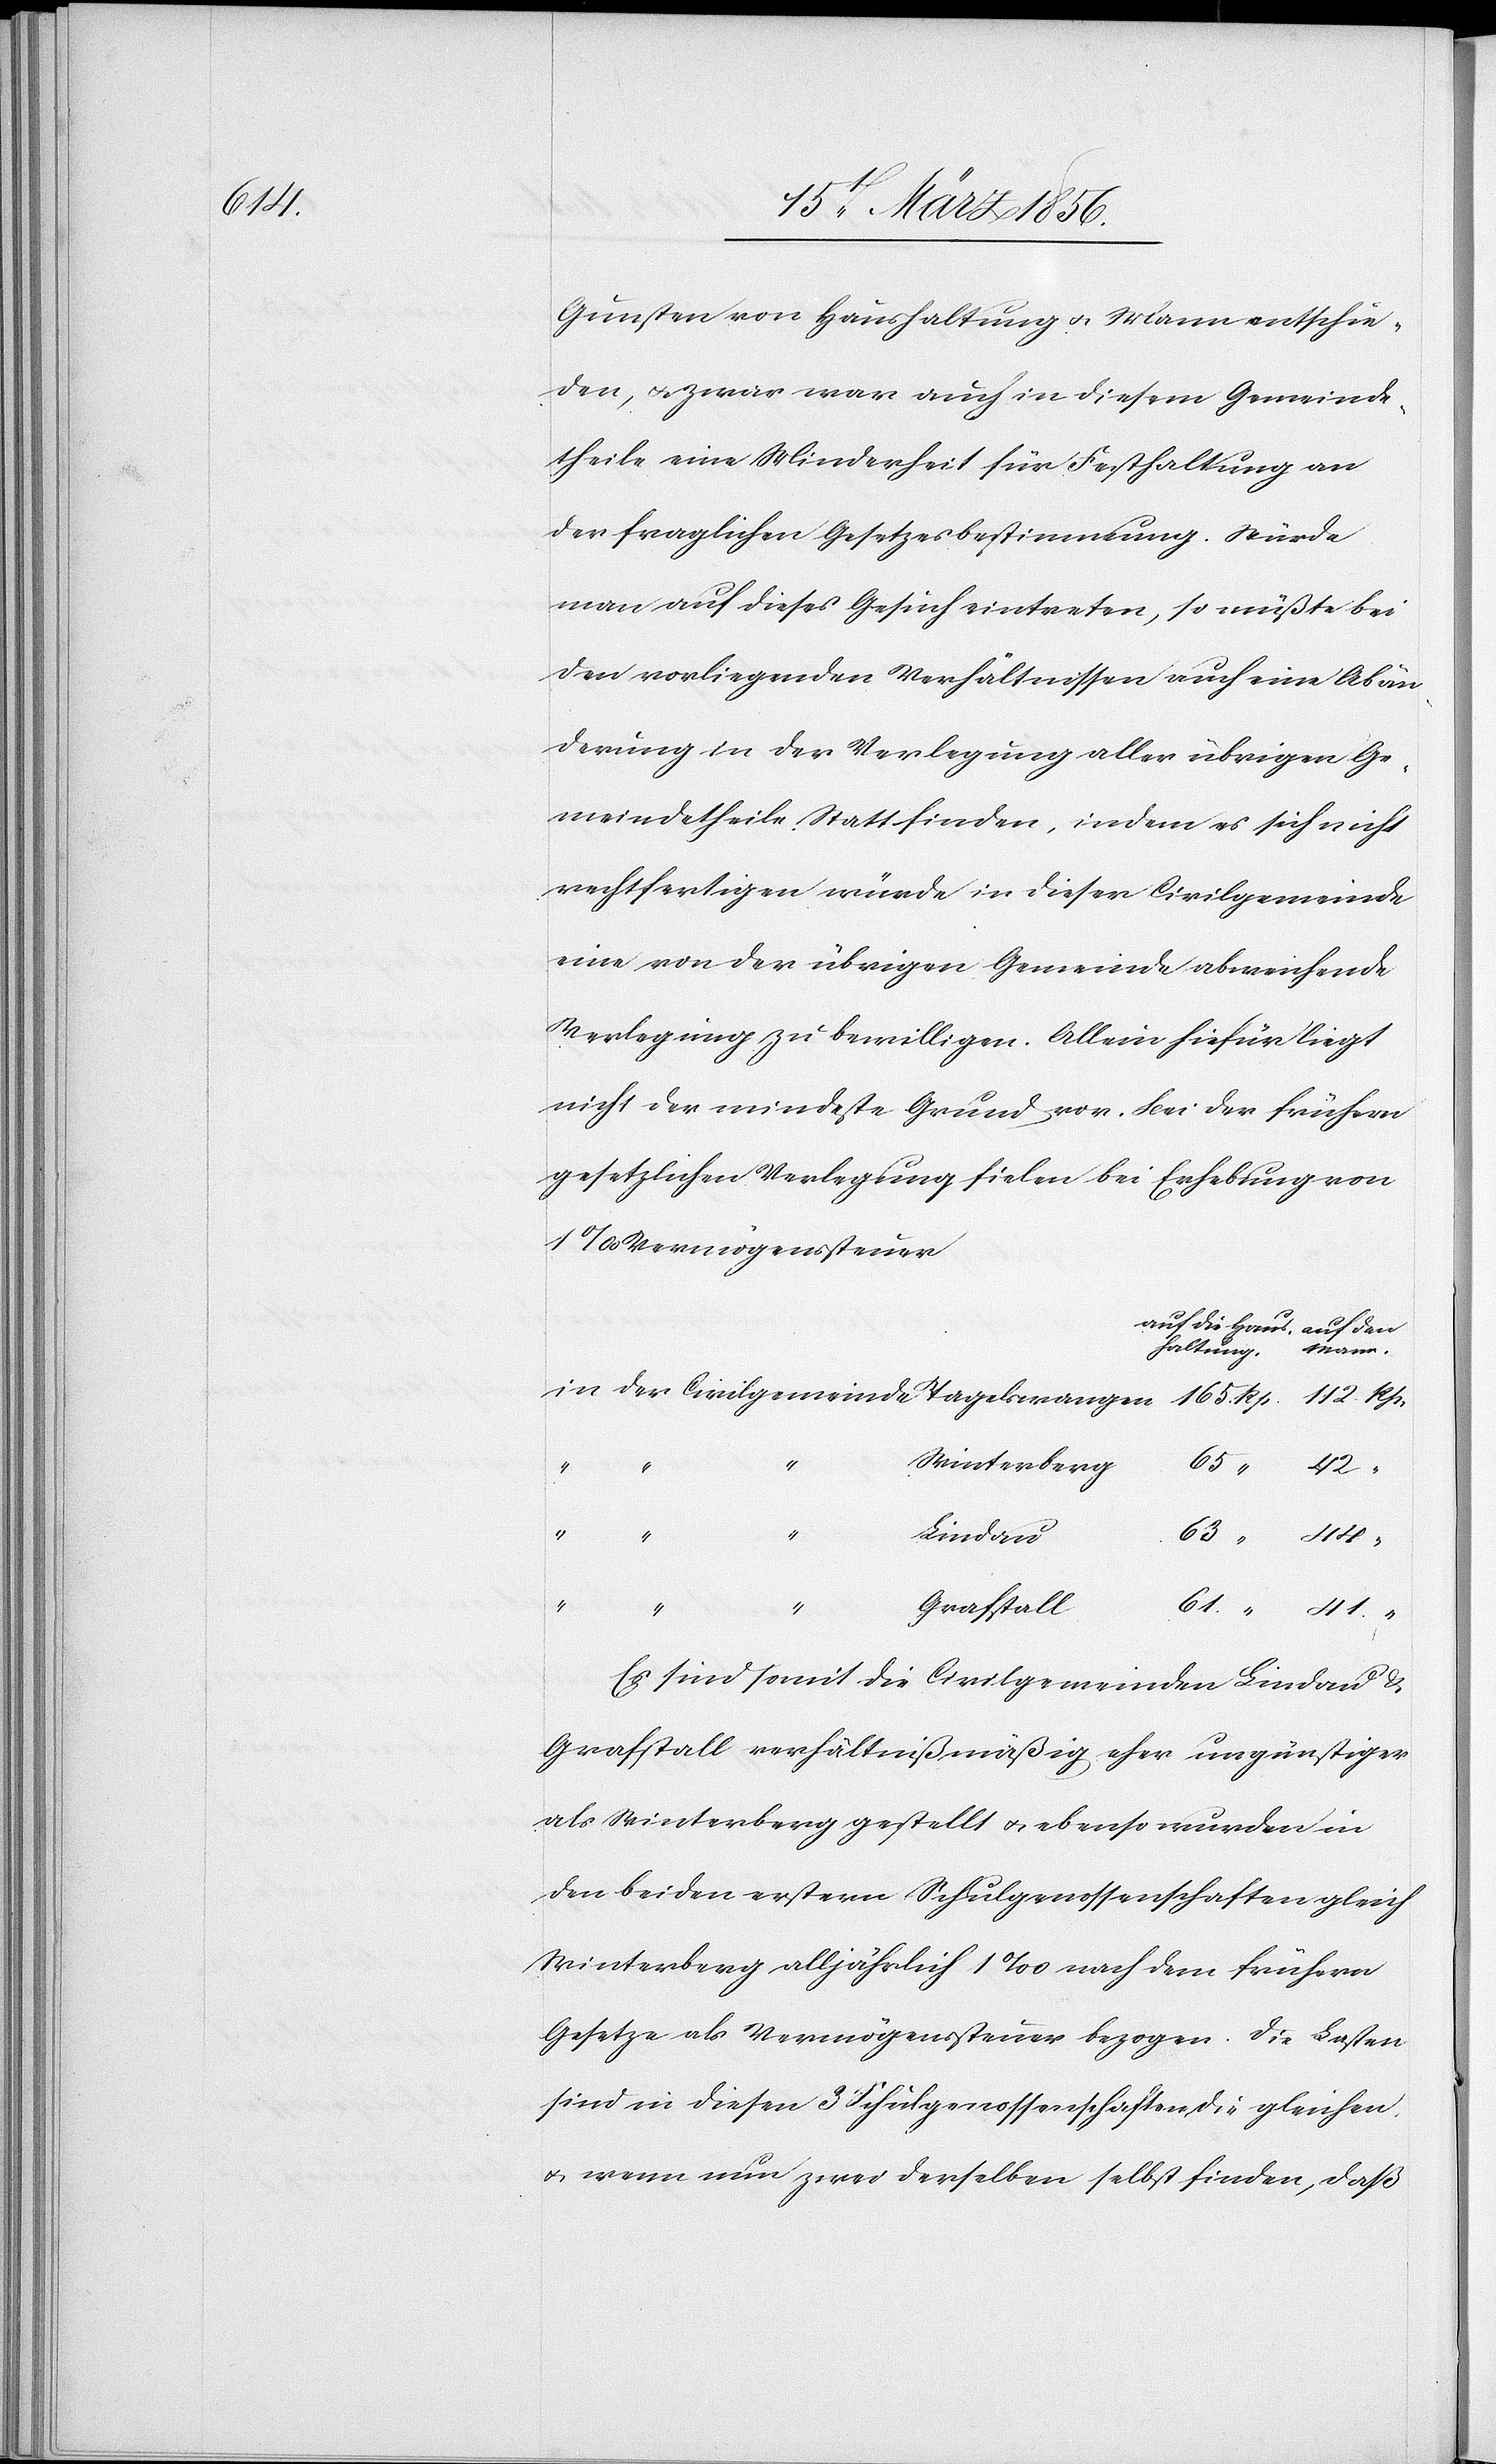
Gunsten von Haushaltung u. Mann entschie¬
den, u. zwar war auch in diesem Gemeinde¬
theile eine Minderheit für Festhaltung an
der fraglichen Gesetzesbestimmung. Würde
man auf dieses Gesuch eintreten, so müßte bei
den vorliegenden Verhältnissen auch eine Abän¬
derung in der Verlegung aller übrigen Ge¬
meindetheile Statt finden, indem es sich nicht
rechtfertigen würde in dieser Civilgemeinde
eine von der übrigen Gemeinde abweichende
Verlegung zu bewilligen. Allein hiefür liegt
nicht der mindeste Grund vor. Bei der frühern
gesetzlichen Verlegung fielen bei Erhebung von
1‰ Vermögenssteuer
Winterberg
“
Lindau
“
Grafstall
“
41
Es sind somit die Civilgemeinden Lindau &
Grafstall verhältnißmäßig eher ungünstiger
als Winterberg gestellt u. ebenso wurden in
den beiden erstern Schulgenossenschaften gleich
Winterberg alljährlich 1‰ nach dem frühern
Gesetze als Vermögenssteuer bezogen. Die Lasten
sind in diesen 3 Schulgenossenschaften die gleichen
u. wenn nun zwei derselben selbst finden, daß